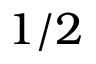
1 / 2